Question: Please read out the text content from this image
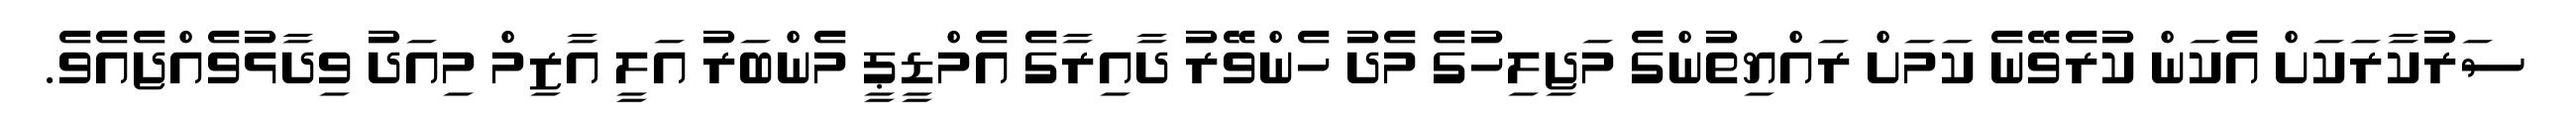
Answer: ސަރުކާރަކަށް އެކަން ކުރެވޭނެ ކަމަށް ރައްޔިތުންގެ މަޖިލިހުގެ މެދު ހެންވޭރު ދާއިރާގެ އެމްޑީޕީ މެންބަރު އަލީ އާޒިމް މިއަދު ވިދާޅުވެއްޖެއެވެ.